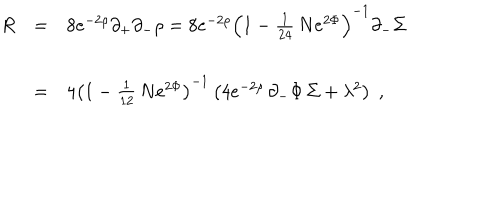
LaTeX: \begin{array} { l l l } { { R } } & { { = } } & { { 8 e ^ { - 2 \rho } \partial _ { + } \partial _ { - } \rho = 8 e ^ { - 2 \rho } { \left( 1 - { \frac { 1 } { 2 4 } } \, N e ^ { 2 \Phi } \right) } ^ { - 1 } \partial _ { - } \Sigma } } \\ { { \ } } & { { = } } & { { 4 { \left( 1 - { \frac { 1 } { 1 2 } } \, N e ^ { 2 \Phi } \right) } ^ { - 1 } \left( 4 e ^ { - 2 \rho } \, \partial _ { - } \Phi \, \Sigma + \lambda ^ { 2 } \right) \; , } } \\ \end{array}